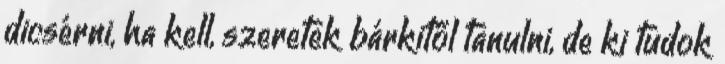
dicsérni, ha kell, szeretek bárkitől tanulni, de ki tudok